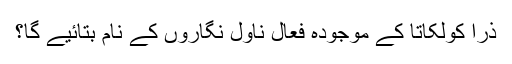
ذرا کولکاتا کے موجودہ فعال ناول نگاروں کے نام بتائیے گا؟